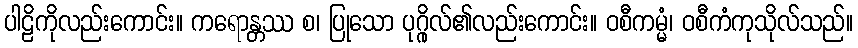
ပါဠိကိုလည်းကောင်း။ ကရောန္တဿ စ၊ ပြုသော ပုဂ္ဂိုလ်၏လည်းကောင်း။ ဝစီကမ္မံ၊ ဝစီကံကုသိုလ်သည်။